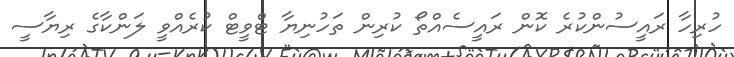
ހުރިހާ ރައީސުންކުރެ ކޮން ރައީސެއްތޯ ކުރިން ތަހުނިޔާ ޓްވީޓް ކުރެއްވީ ލަންކާގެ ރިޔާސީ